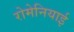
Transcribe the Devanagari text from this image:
रोमेनियाई